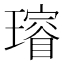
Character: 𤩷